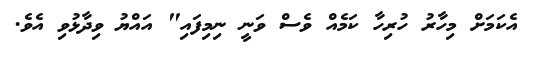
އެކަމަށް މިހާރު ހުރިހާ ކަމެއް ވެސް ވަނީ ނިމިފައި" އައްޔު ވިދާޅުވި އެވެ.